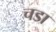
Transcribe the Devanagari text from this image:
चडा